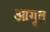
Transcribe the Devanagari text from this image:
आगृत